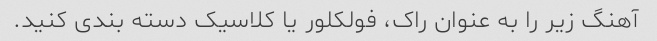
آهنگ زیر را به عنوان راک، فولکلور یا کلاسیک دسته بندی کنید.